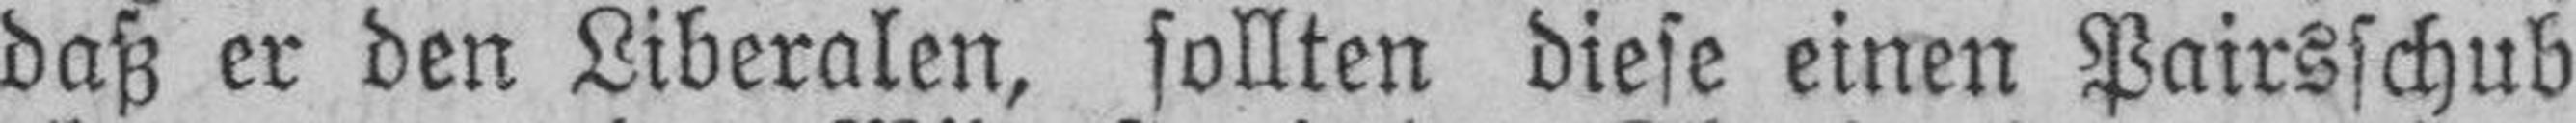
daß er den Liberalen, sollten diese einen Pairsschub